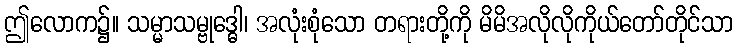
ဤလောက၌။ သမ္မာသမ္ဗုဒ္ဓေါ၊ အလုံးစုံသော တရားတို့ကို မိမိအလိုလိုကိုယ်တော်တိုင်သာ